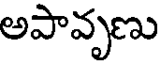
అపావృణు